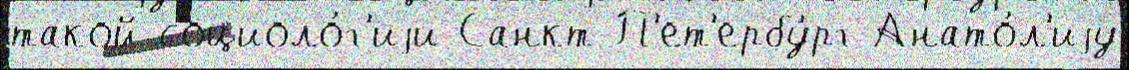
такой социоло́г'иjи Санкт-П'ет'ербу́рг Анато́л'иjу